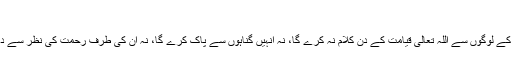
2625)
ابو ہریرہ رضی اللہ عنہ سے روایت ہے نبی رحمت صلی اللہ علیہ وسلم نے فرمایا: ’’تین قسم کے لوگوں سے اللہ تعالیٰ قیامت کے دن کلام نہ کرے گا، نہ انہیں گناہوں سے پاک کرے گا، نہ ان کی طرف رحمت کی نظر سے دیکھے گا اور ان کے لیے دردناک عذاب ہے: 1-بوڑھا زانی 2-جھوٹا بادشاہ 3-مغرور فقیر‘‘۔